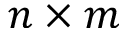
n \times m